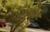
ઝનોર